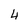
Character: 4